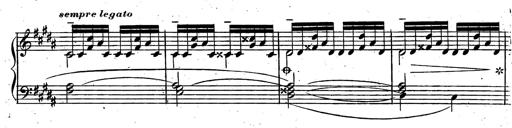
Title: Rondeau fantastique sur un thÃ¨me espagnol
Composer: Franz Liszt